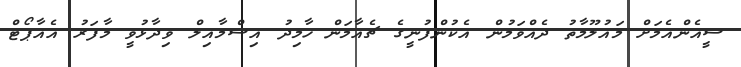
ސީއެންއެމަށް މައުލޫމާތު ދެއްވަމުން އެކުންފުނީގެ ޗެއާމަން ހާމިދު އިސްމާއިލް ވިދާޅުވީ މާފަރު އެއާޕޯޓް